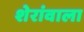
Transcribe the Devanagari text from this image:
शेरांवाला